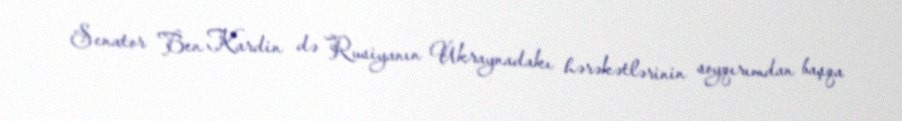
Senator Ben Kardin də Rusiyanın Ukraynadakı hərəkətlərinin soyqırımdan başqa